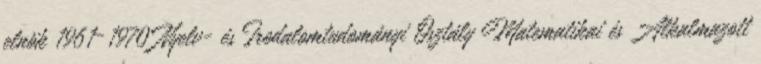
elnök 1961–1970 Nyelv- és Irodalomtudományi Osztály Matematikai és Alkalmazott